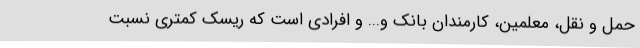
حمل و نقل، معلمین، کارمندان بانک و... و افرادی است که ریسک کمتری نسبت